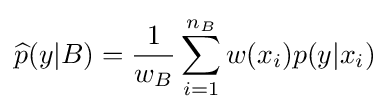
{\widehat {p}}(y|B)={\frac {1}{w_{B}}}\sum _{i=1}^{n_{B}}w(x_{i})p(y|x_{i})